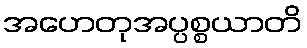
အဟေတုအပ္ပစ္စယာတိ